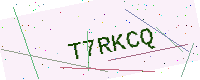
Text: T7RKCQ